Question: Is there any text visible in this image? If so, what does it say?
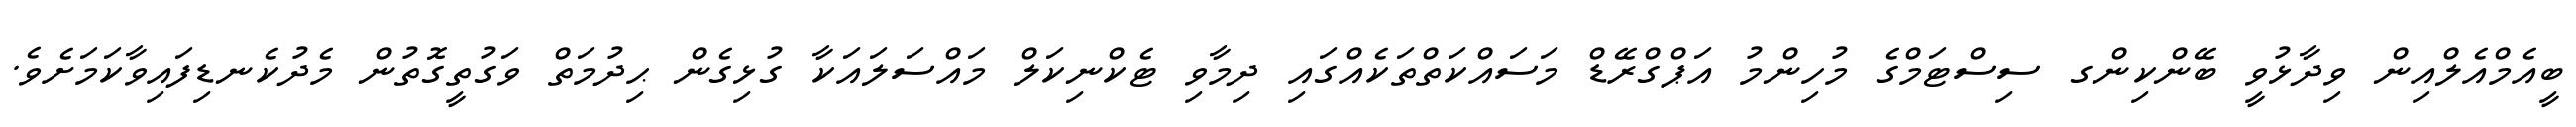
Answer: ބީއެމްއެލްއިން ވިދާޅުވީ ބޭންކިންގ ސިސްޓަމްގެ މުހިންމު އަޕްގްރޭޑް މަސައްކަތްތަކެއްގައި ދިމާވި ޓެކްނިކަލް މައްސަލައަކާ ގުޅިގެން ޙިދުމަތް ވަގުތީގޮތުން މެދުކެނޑިފައިވާކަމަށެވެ.